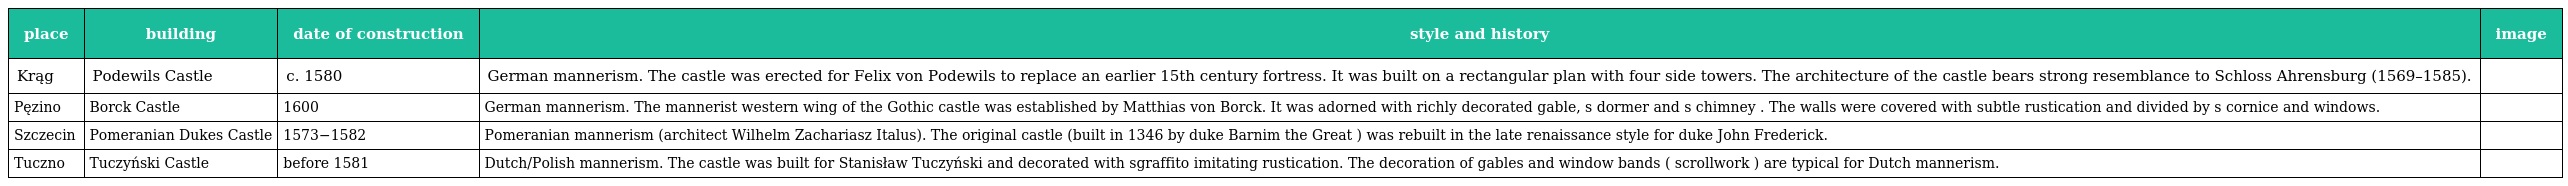
| place | building | date of construction | style and history | image |
 | --- | --- | --- | --- | --- |
 | Krąg | Podewils Castle | c. 1580 | German mannerism. The castle was erected for Felix von Podewils to replace an earlier 15th century fortress. It was built on a rectangular plan with four side towers. The architecture of the castle bears strong resemblance to Schloss Ahrensburg (1569–1585). |  |
 | Pęzino | Borck Castle | 1600 | German mannerism. The mannerist western wing of the Gothic castle was established by Matthias von Borck. It was adorned with richly decorated gable, s dormer and s chimney . The walls were covered with subtle rustication and divided by s cornice and windows. |  |
 | Szczecin | Pomeranian Dukes Castle | 1573−1582 | Pomeranian mannerism (architect Wilhelm Zachariasz Italus). The original castle (built in 1346 by duke Barnim the Great ) was rebuilt in the late renaissance style for duke John Frederick. |  |
 | Tuczno | Tuczyński Castle | before 1581 | Dutch/Polish mannerism. The castle was built for Stanisław Tuczyński and decorated with sgraffito imitating rustication. The decoration of gables and window bands ( scrollwork ) are typical for Dutch mannerism. |  |